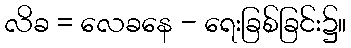
လိခ = လေခနေ - ရေးခြစ်ခြင်း၌။